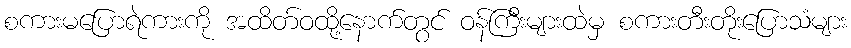
စကားမပြောရဲကားကို အထိတ်ဝထို့နောက်တွင် ဝန်ကြီးများထဲမှ စကားတီးတိုးပြောသံများ